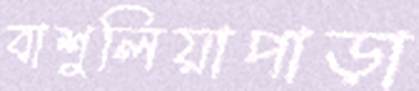
বাশুলিয়াপাড়া